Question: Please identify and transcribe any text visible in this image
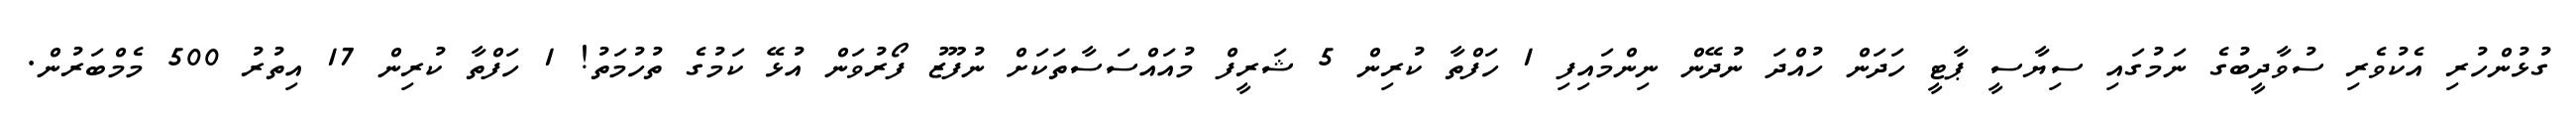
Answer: ގުޅުންހުރި އެކުވެރި ސުވާދީބުގެ ނަމުގައި ސިޔާސީ ޕާޓީ ހަދަން ހުއްދަ ނުދޭން ނިންމައިފި 1 ހަފްތާ ކުރިން 5 ޝަރީފް މުއައްސަސާތަކަށް ނުފޫޒު ފޯރުވަން އުޅޭ ކަމުގެ ތުހުމަތު! 1 ހަފްތާ ކުރިން 17 އިތުރު 500 މެމްބަރުން.